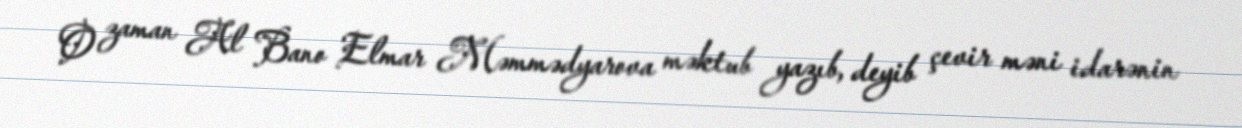
O zaman Al Bano Elmar Məmmədyarova məktub yazıb, deyib çevir məni idarənin